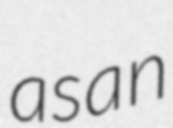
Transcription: as an